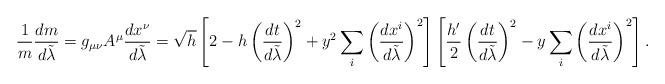
LaTeX: \begin{align*}{1\over m}{{dm}\over{d\tilde{\lambda}}}=g_{\mu\nu}A^{\mu}{{dx^{\nu}}\over{d\tilde{\lambda}}}=\sqrt{h}\left[2-h\left({{dt}\over{d\tilde{\lambda}}}\right)^2+y^2\sum_i\left({{dx^i}\over{d\tilde{\lambda}}}\right)^2\right]\left[{h^{\prime}\over 2}\left({{dt}\over{d\tilde{\lambda}}}\right)^2-y\sum_i\left({{dx^i}\over{d\tilde{\lambda}}}\right)^2\right].\end{align*}